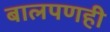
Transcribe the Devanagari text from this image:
बालपणही